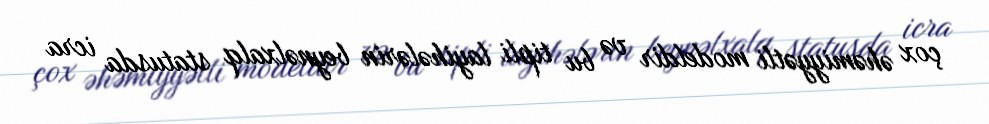
çox əhəmiyyətli modeldir və bu tipli layihələrin beynəlxalq statusda icra